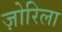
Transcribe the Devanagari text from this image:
ज़ोरिला